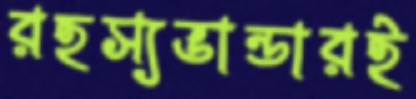
রহস্যভান্ডারই